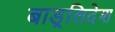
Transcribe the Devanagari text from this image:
बाड़्लिदेश